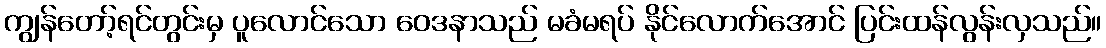
ကျွန်တော့်ရင်တွင်းမှ ပူလောင်သော ဝေဒနာသည် မခံမရပ် နိုင်လောက်အောင် ပြင်းထန်လွန်းလှသည်။